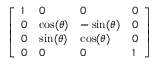
\left[ \begin{array} { l l l l } { 1 } & { 0 } & { 0 } & { 0 } \\ { 0 } & { \cos ( \theta ) } & { - \sin ( \theta ) } & { 0 } \\ { 0 } & { \sin ( \theta ) } & { \cos ( \theta ) } & { 0 } \\ { 0 } & { 0 } & { 0 } & { 1 } \end{array} \right]